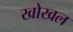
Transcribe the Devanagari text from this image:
खोखल